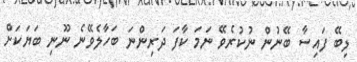
ލިބޭ ފައިސާ ބޭނުން ނުކުރެވޭ ނަމަ ކާފަ ދަރިންނަ ބަހާލެވޭނެ ނޫނި ބަޔަކަށް